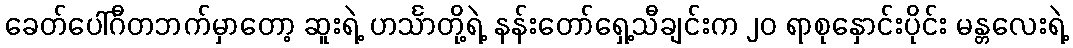
ခေတ်ပေါ်ဂီတဘက်မှာတော့ ဆူးရဲ့ ဟင်္သာတို့ရဲ့ နန်းတော်ရှေ့သီချင်းက ၂၀ ရာစုနှောင်းပိုင်း မန္တလေးရဲ့